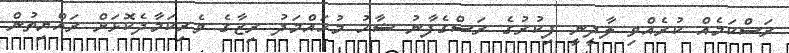
ރަސްކަމެއް ކުރެއްވި ލާދީނީ ފިކުރުގެ ރަސްގެފާނު ޝާހު މުހައްމަދު ރިޒާގެ ވެރިކަމާދެކޮޅަށް ރައްޔިތުން